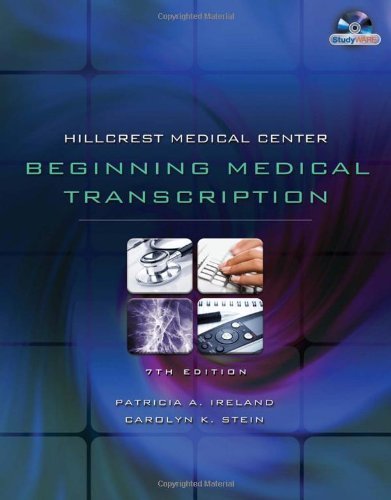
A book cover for By Patricia Ireland, Carrie Stein: Hillcrest Medical Center: Beginning Medical Transcription Seventh (7th) Edition; -Delmar Cengage Learning-; Medical Books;